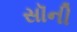
સૉની